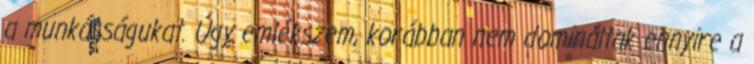
a munkásságukat. Úgy emlékszem, korábban nem domináltak ennyire a